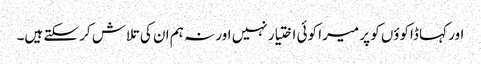
اور کہا ڈاکوؤں کو پر میرا کوئی اختیار نہیں اور نہ ہم ان کی تلاش کر سکتے ہیں۔